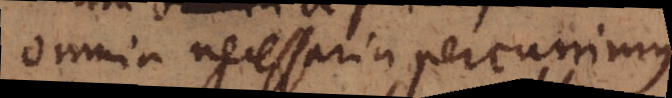
omnia necessaria percurrimus